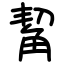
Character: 觢